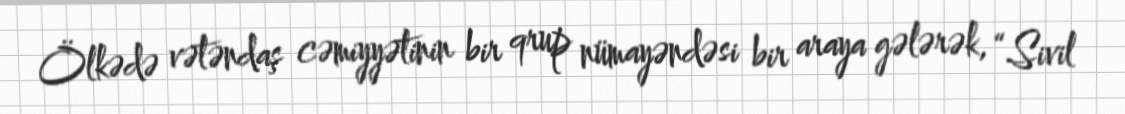
Ölkədə vətəndaş cəmiyyətinin bir qrup nümayəndəsi bir araya gələrək, “Sivil